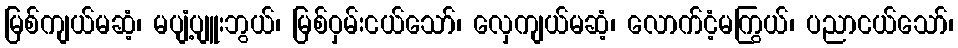
မြစ်ကျယ်မဆံ့၊ မပျံ့ပျူးဘွယ်၊ မြစ်ဝှမ်းငယ်သော်၊ လှေကျယ်မဆံ့၊ လောက်ငံ့မကြွယ်၊ ပညာငယ်သော်၊